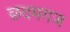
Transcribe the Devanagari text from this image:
छदमगज